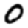
Digit: 0